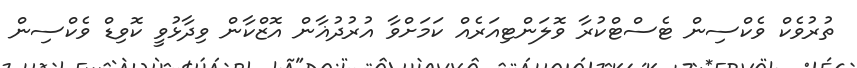
ތުރުވެކް ވެކްސިން ޓެސްޓްކުރާ ވޮލަންޓިއަރެއް ކަމަށްވާ އުރުދުޣާން އޮޒްކާން ވިދާޅުވީ ކޮވިޑް ވެކްސިން